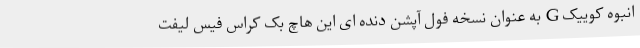
انبوه کوییک G به عنوان نسخه فول آپشن دنده ای این هاچ بک کراس فیس لیفت